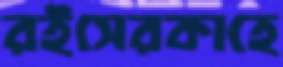
রইসেরকাহে